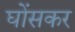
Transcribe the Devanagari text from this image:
घोंसकर